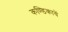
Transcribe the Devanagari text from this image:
कण्डिकायें